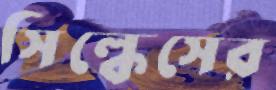
সিল্কেসের